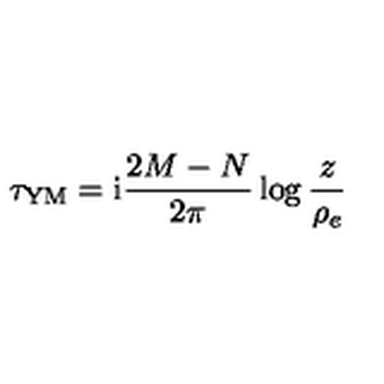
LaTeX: \tau _ { \mathrm { Y M } } = \mathrm { i } \frac { 2 M - N } { 2 \pi } \log \frac { z } { \rho _ { e } }